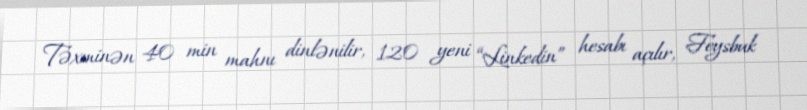
Təxminən 40 min mahnı dinlənilir, 120 yeni “Linkedin” hesabı açılır, Feysbuk